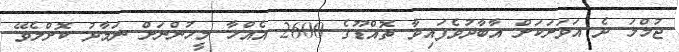
ޖުމްލަ ދެ އަވަށަކަށް އާބާދުވެފައިވާ ތޮއްޑޫގެ 2600 އެއްހާ މީހުންނަށް ނަމާދު ކޮށްލެވޭ